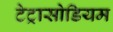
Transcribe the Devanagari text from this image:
टेट्रासोडियम